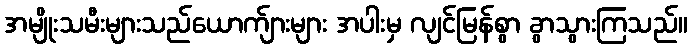
အမျိုးသမီးများသည်ယောက်ျားများ အပါးမှ လျင်မြန်စွာ ခွာသွားကြသည်။